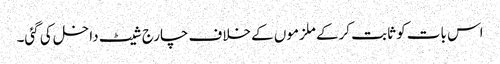
اس بات کو ثابت کرکے ملزموں کے خلاف چارج شیٹ داخل کی گئی۔